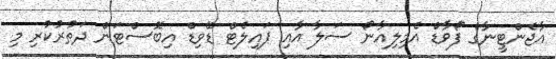
އާޖެންޓީނާގެ ފޯވާޑް އެމިލިއާނޯ ސަލާ އާއި ޕައިލެޓް ޑޭވިޑް އިބޮސްޓަން ދަތުރުކުރި މި